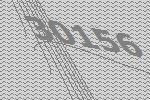
30156